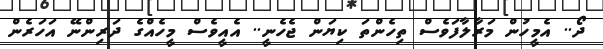
ދޯ.. އެމީހުން މަރާލާފަވެސް ތިހެންތަ ކިޔަން ޖެހެނީ.. އެއީވެސް މީހެއްގެ ދަރިންނޭ އަހަރެން